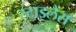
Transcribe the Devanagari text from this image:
स्टाइलेस